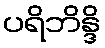
ပရိဘိန္ဒိ